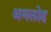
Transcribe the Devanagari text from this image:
अमलोह